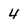
Character: 4